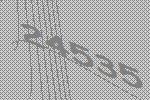
24535